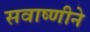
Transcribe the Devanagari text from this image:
सवाष्णीने